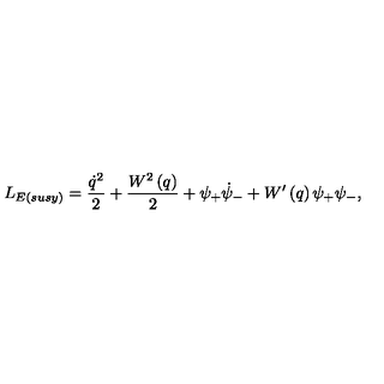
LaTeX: L _ { E ( { s u s y } ) } = \frac { \dot { q } ^ { 2 } } { 2 } + \frac { W ^ { 2 } \left( q \right) } { 2 } + \psi _ { + } \dot { \psi } _ { - } + W ^ { \prime } \left( q \right) \psi _ { + } \psi _ { - } ,